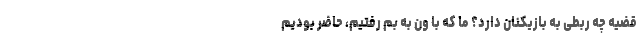
قضیه چه ربطی به بازیکنان دارد؟ ما که با ون به بم رفتیم، حاضر بودیم